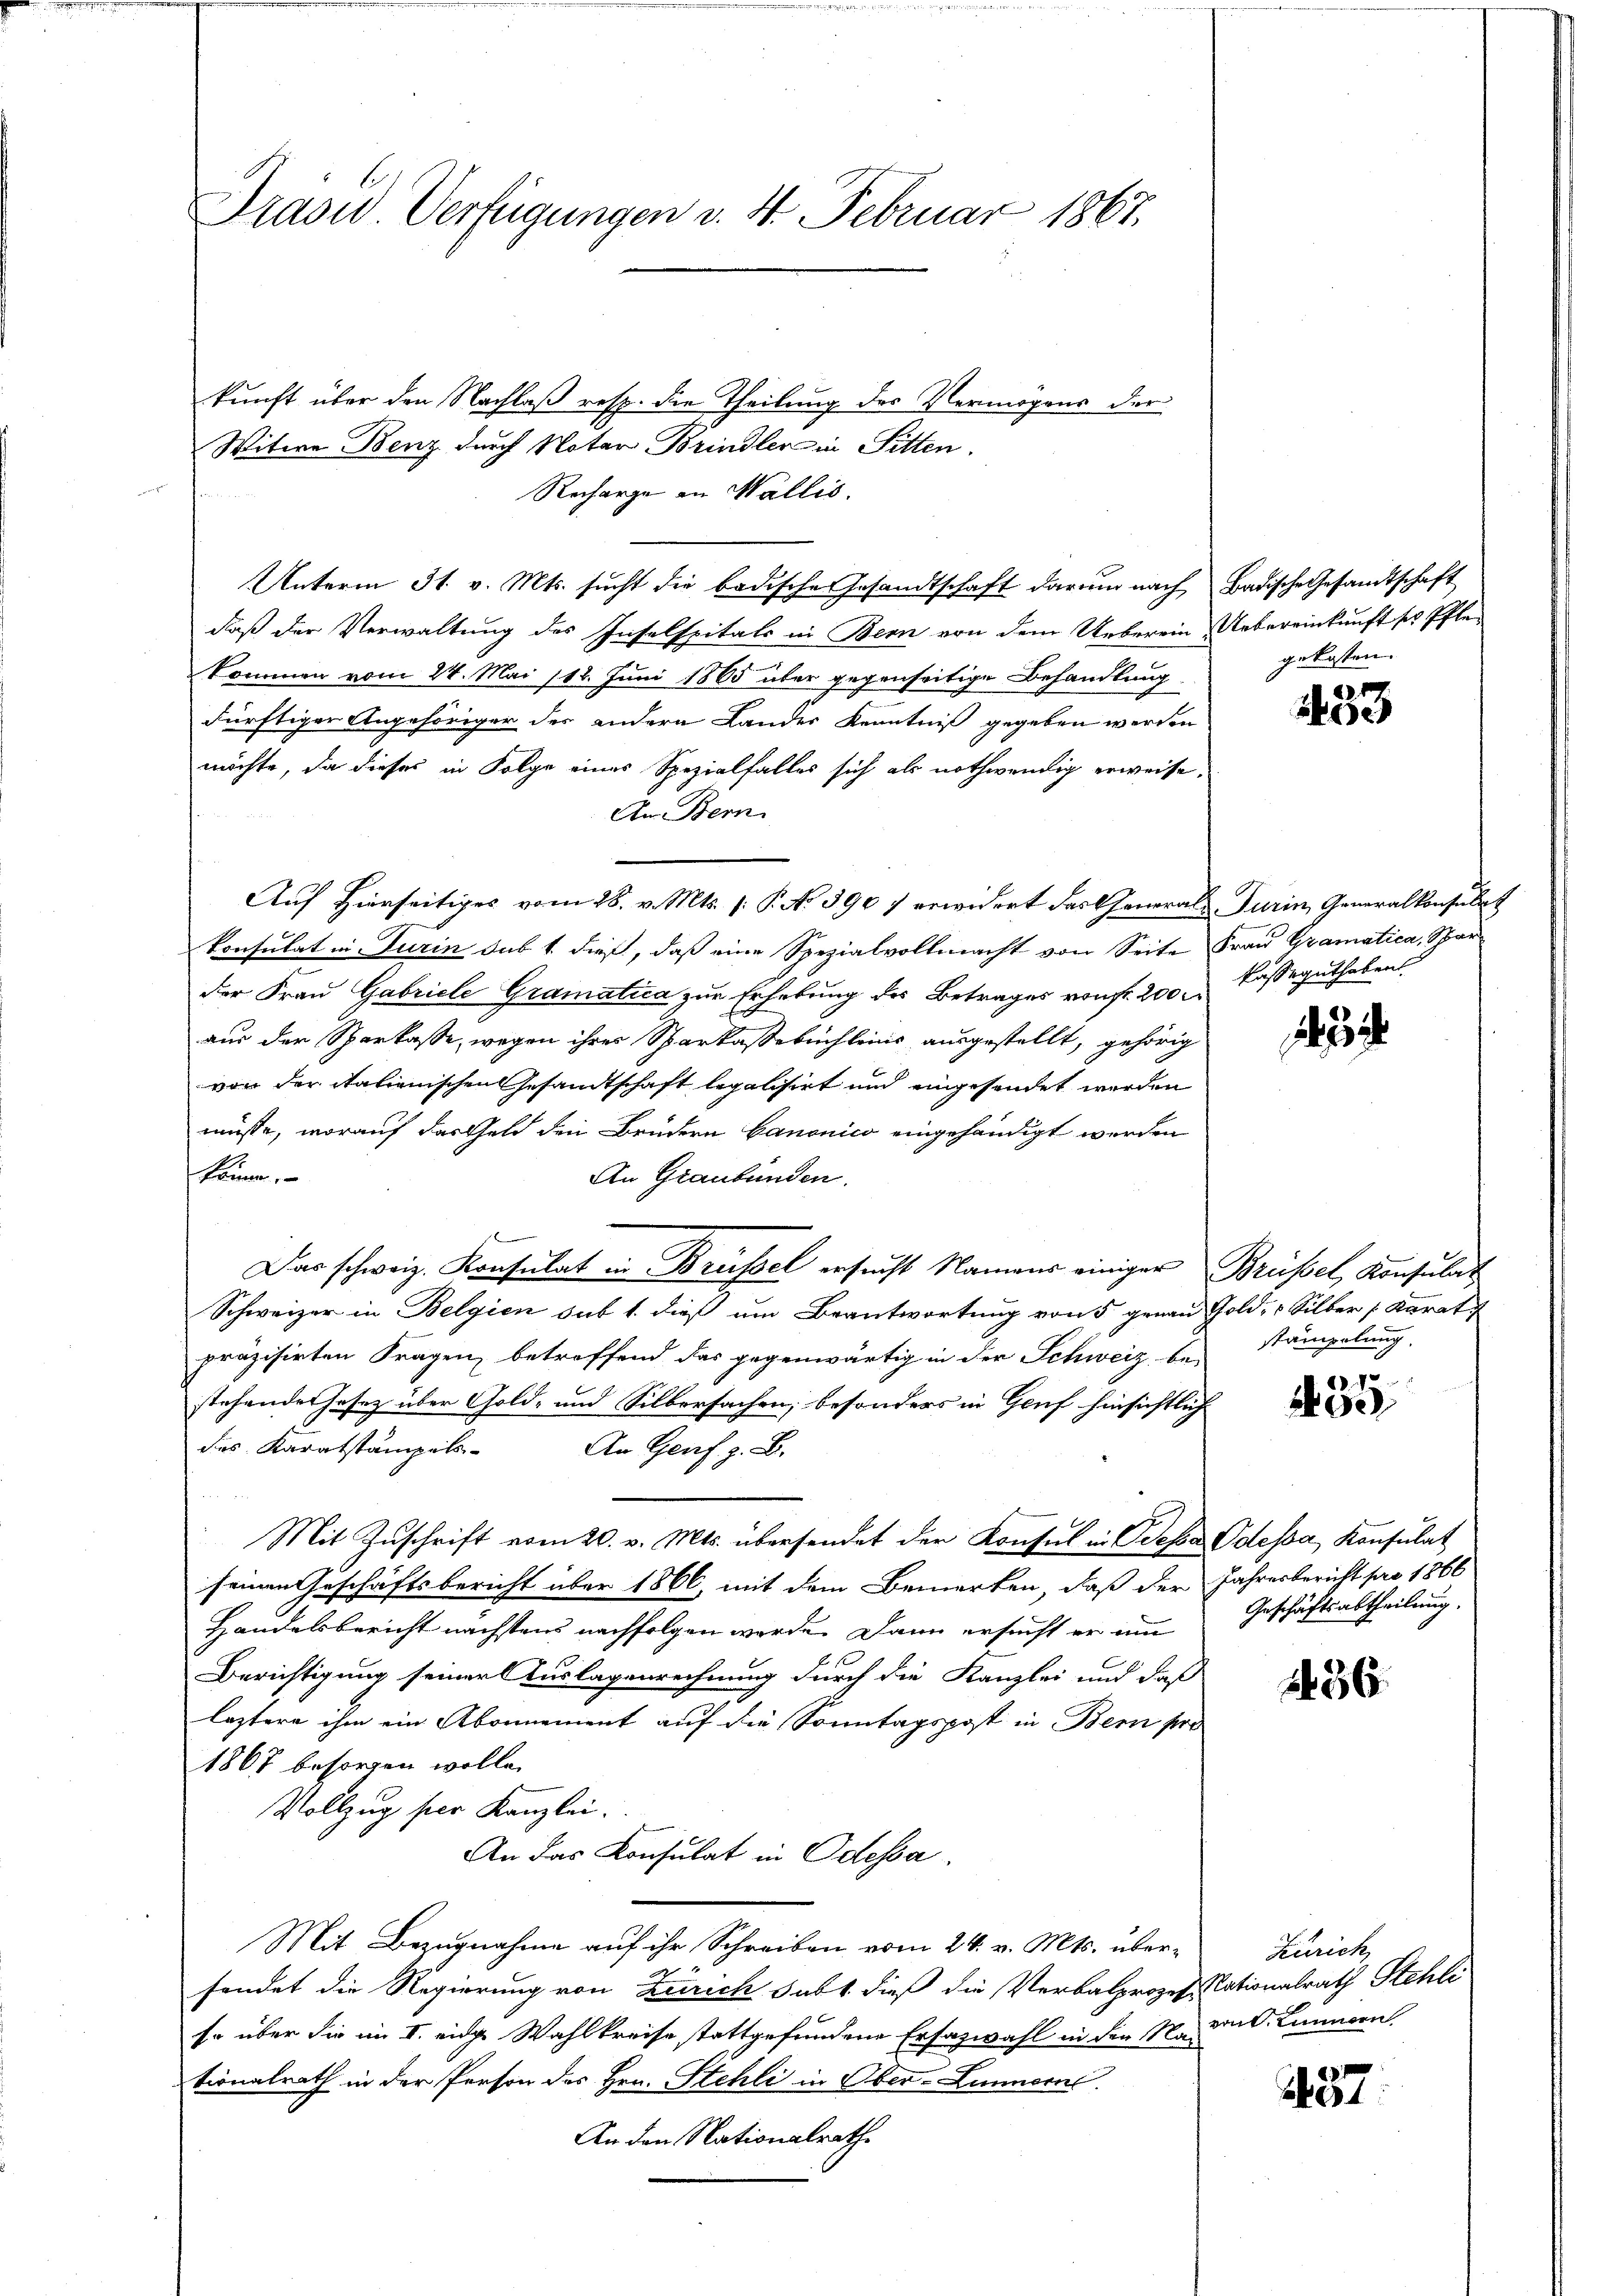
Drasw. Verfügungen v. 4. Februar 1867.

kunft über den Nachlaß resp. die Theilung des Vermögens der
Witwe Benz durch Notar Brindler in Sitten.
Recharge in Wallis.
Unterm 31. v. Mts. sucht die badische Gesandtschaft darum nach Badische Gesandtschaft
daß der Verwaltung des Inselspitals in Bern von dem Ueberein Uebereinkunft ses Pflekommen vom 24. Mai 118. Juni 1885 über gegenseitige Behandlung
dürftiger Angehöriger der andern Landes Kenntniß gegeben werden
möchte, da dieses in Folge eines Spezialfalles sich als nothwendig erweise,
An Bern
Auf Hierseitiges vom 28. v. Mts. (: P. No 3907 erwidert das Generals Turin, Generalkonsulat
konsulat in Turin dass dieß, daß eine Spezialvollmacht von Seite Frau Gramatica, Spar
der Frau Gabricle Gramatica zur Erhebung des Betrages von fr. 200 r
aus der Sparkasse, wegen ihrer Sparkassebuchleins ausgestellt, gehörig
von der itationischen Gesandtschaft legalisirt und eingesendet werden
müsse, worauf das Geld den Brüdern Canonico eingehändigt werden
können,
An Graubünden.
Das schweiz. Konsulat in Brüssel ersucht Namens einiger Brüssel, Konsulat
Schweizer in Belgien sub 1. dieß um Beantwortung von 5 genau Gold- & Silber (Karat
präzisirten Fragen, betreffend das gegenwärtig in der Schweiz be-
stehendes Gesez über Gold- und Silbersachen; besonders in Gruf hinsichtlich
des Karatstämpels. An Genf z. B.
Mit Zuschrift vom 20. v. Mts. übersendet der Konsul in Diese Odessa, Konsulat
seinen Geschäftsbericht über 1866, mit dem Bemerken, daß der Jahresbericht pro 1866
Handelsbericht nächstens nachfolgen werde. Dann ersucht er am
Berichtigung seiner Auslagenrechnung durch die Kanzlei und daß
leztere ihm ein Abonnement auf die Sonntagspost in Bern pro
1867 besorgen wolle.
Vollzug hier Kanzlei.
An das Konsulat in Odessa
Mit Bezugnahme auf ihr Schreiben vom 24. v. Mts. übersendet die Regierung von Zürich habt dieß die Verbalprozessationalrath Stehli
Er über die im I. eidge Wahlkreise stattgefundene Ersatzwahl in den 1. dat. Linnen
tionalrath in der Person des Hrn. Stehli in Ober-Lunnern.
An den Nationalrath

gekosten.

1433

Kasseguthabens

stämpelung.

670
200

Geschäftsabtheilung.

1456.

Zürich

437